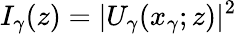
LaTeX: I_{\gamma}(z)=|U_{\gamma}(x_{\gamma};z)|^{2}